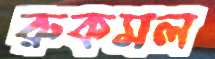
রুকমল